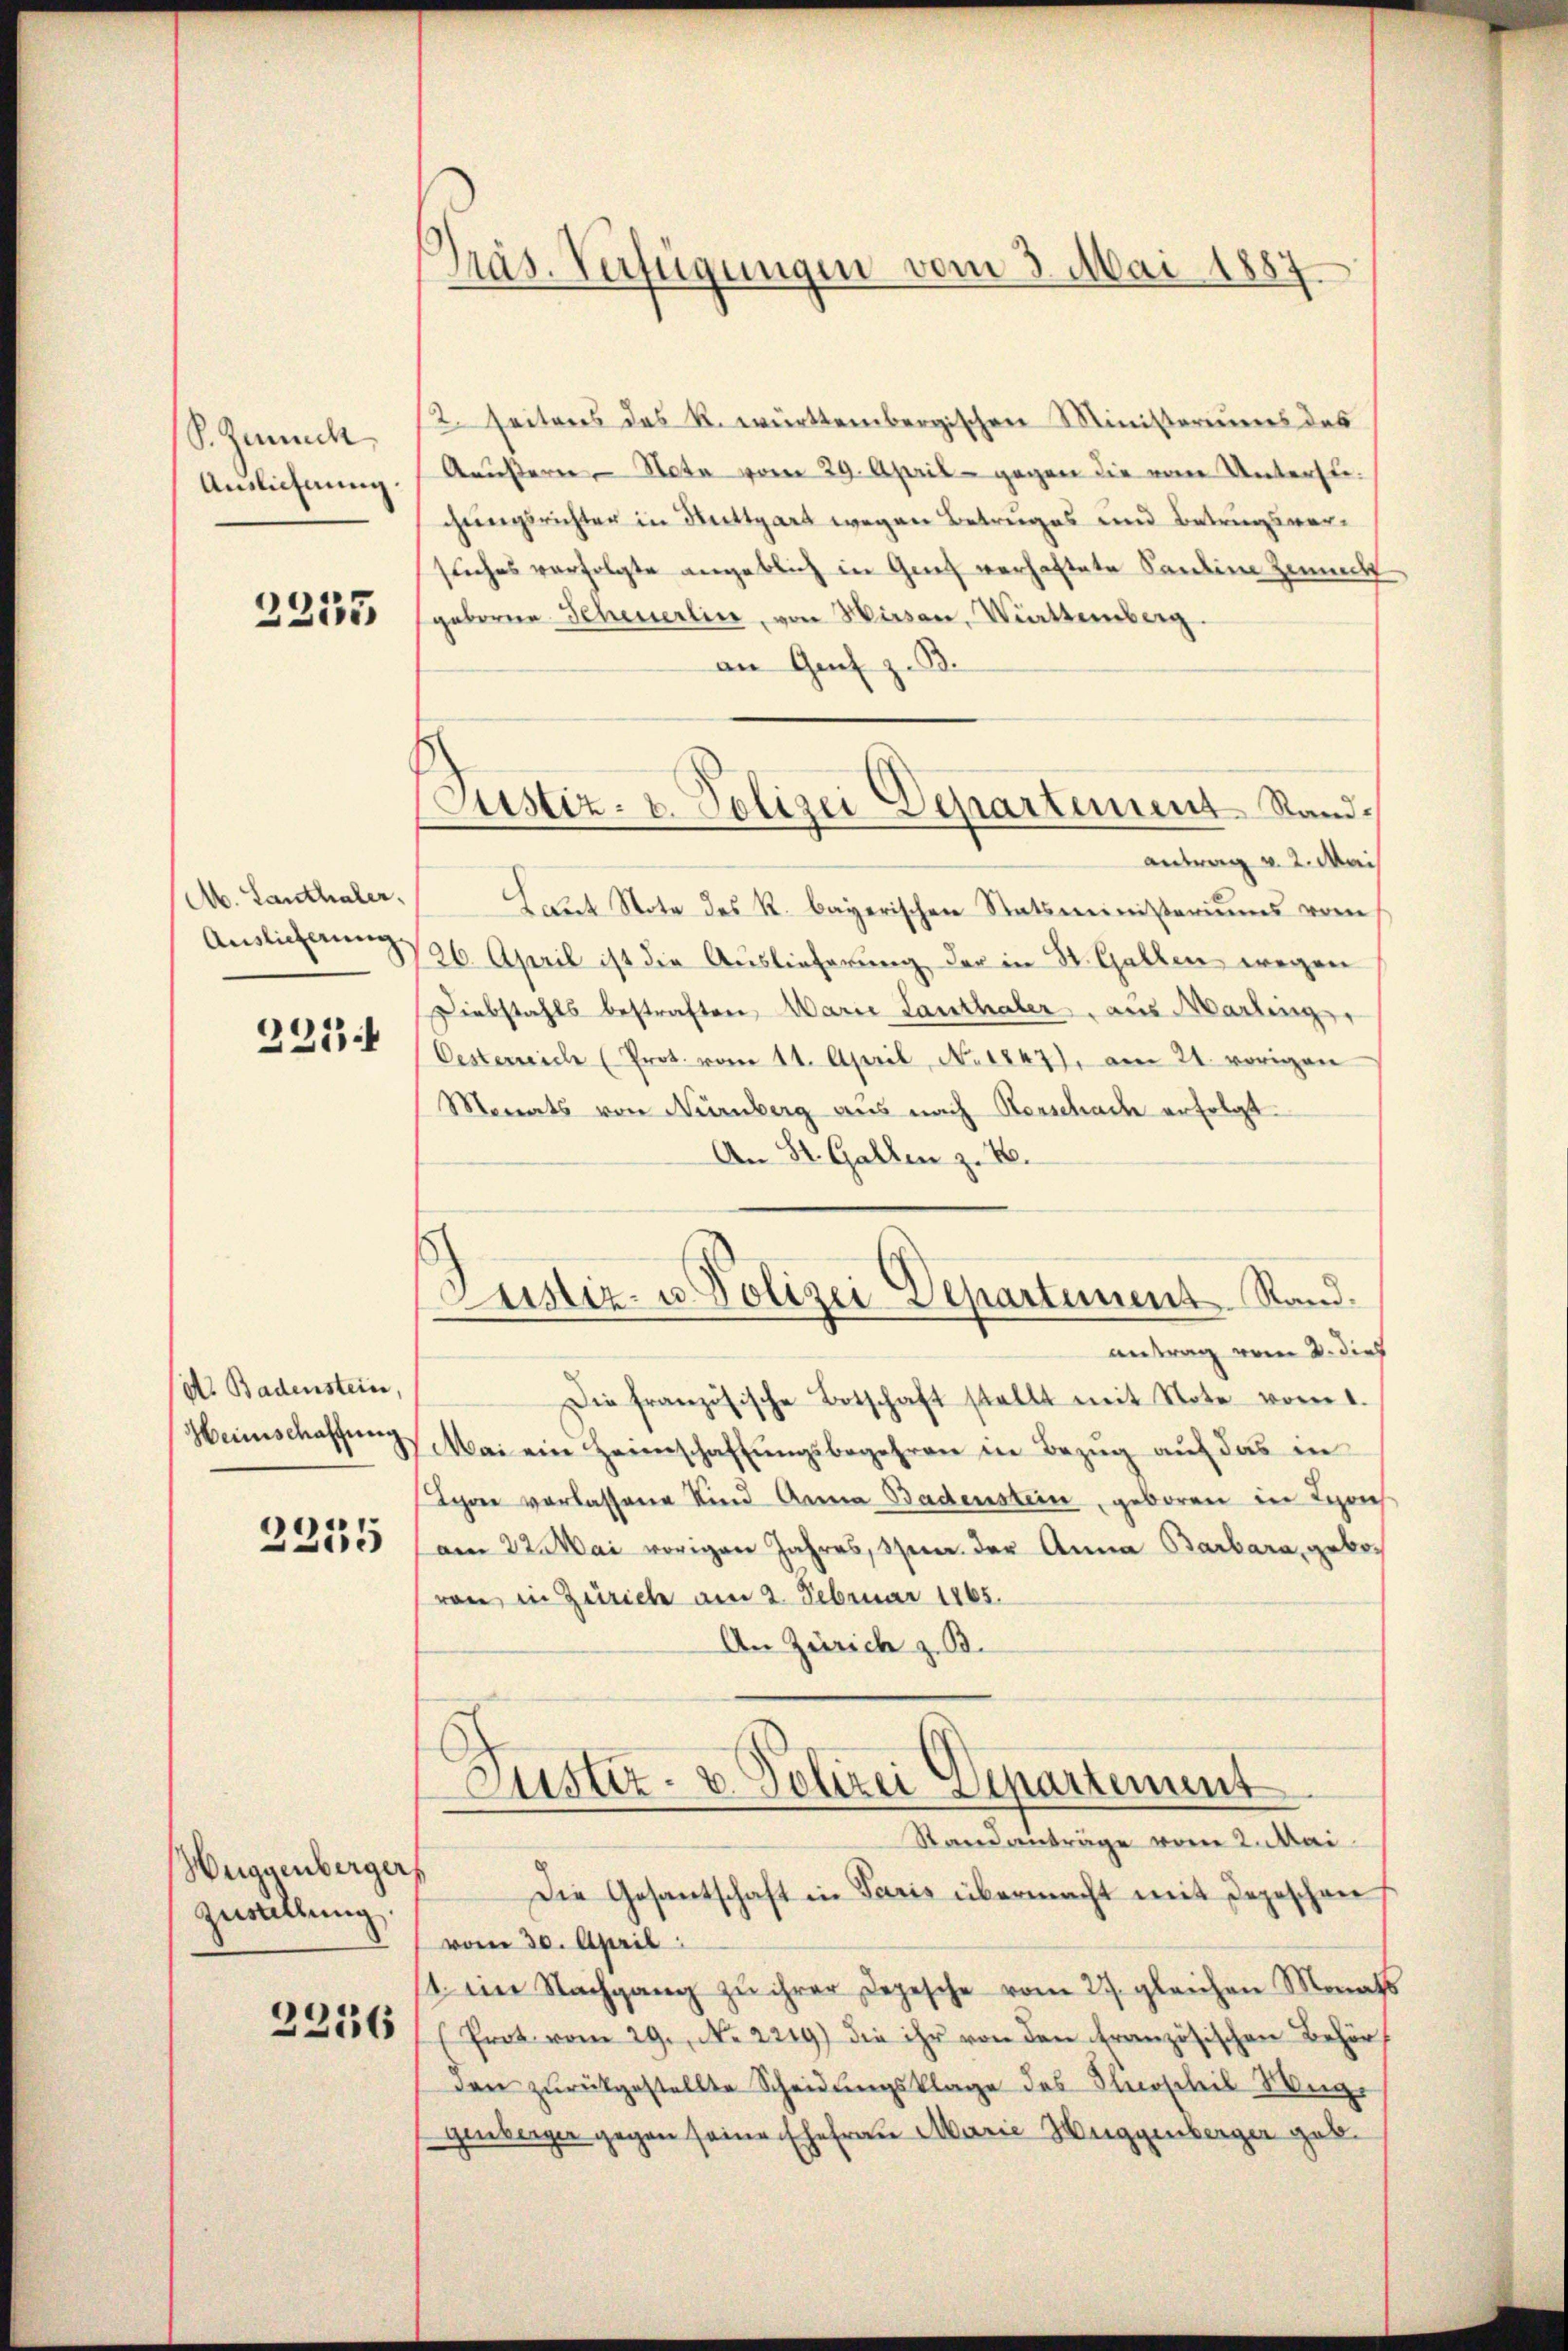
S. Zumik
Auslichnung.

2255

Ab. Lanthaler,
Auslicherung
221.

(dt. Badenstein,
Heimschaffung
2235

Huggenbergers
Zustellung.
2256

Präs. Verfügungen vom 3. Mai 1887

Justiz- u. Polizei Departement Stand.

2. seitens des R. württembergischen Ministeriums das
Aeußern - Note vom 29. April - gegen die vom Unterstechungsrichter in Mittgart wegen Betruges und Betragsversuches verfolgte angeblich in Genf verhaftete Santin zumacht
geborne Scheuerlin, von Hirsau, Witternberg.
an Genf z. B.
antrag v. 2. Mai
Laŭt Note des R. bayerischen Statsministeriums vom
26. April ist die Auslieferung der in St. Gallen wegen
Diebstahls bestraften, Marie Lanthaler, aus Marling,
Oesterreich (Prot. vom 11. April, No. 1847), am 21. vorigen
Monats von Nürnberg aus nach Vorschade erfolgt.
An St. Gallen z. B.

Justiz- u. Polizei Departement. Stand.

antrag vom 2. dies
Die französische Botschaft stellt mit Note vom 1.
Mai ein Herrschaffungsbegehren in Bezug auf das in
Ihre verlassene Kind Anna Badenstein, geboren in Lyons
am 22. Mai vorigen Jahres, a. der Anna Barbara, gebovon in Zürich am 2. Februar 1865.
An Zürich z. B.

Justiz- & Polizei Departement
Stand einträge vom 2. Mai.
Die Gesantschaft in Paris übermacht mit Depeschen

vom 30. April
1. im Nachgang zu ihrer Depesche vom 27. gleichen Monats
Prot vom 29. No. 2219) die ihr von den französischen Behör
den zurückgestellte Scheidungsklage des Herscheil Wege
genberger gegen seine Ehefrau Marie Huggenberger geb.